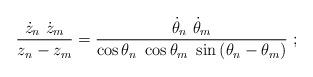
LaTeX: \begin{align*}\frac{\dot{z}_{n}~\dot{z}_{m}}{z_{n}-z_{m}}=\frac{\dot{\theta}_{n}~\dot{\theta}_{m}}{\cos \theta _{n}~\cos \theta _{m}~\sin \left( \theta_{n}-\theta _{m}\right) }~;\end{align*}